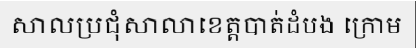
សាលប្រជុំសាលាខេត្តបាត់ដំបង ក្រោម